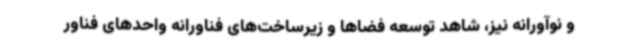
و نوآورانه نیز، شاهد توسعه فضاها و زیرساخت‌های فناورانه واحدهای فناور